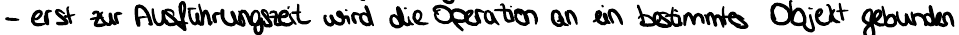
- erst zur Ausführungszeit wird die Operation an ein bestimmtes Objekt gebunden